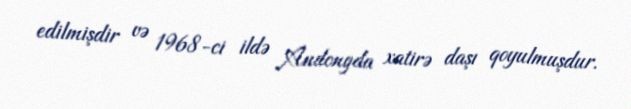
edilmişdir və 1968-ci ildə Andongda xatirə daşı qoyulmuşdur.